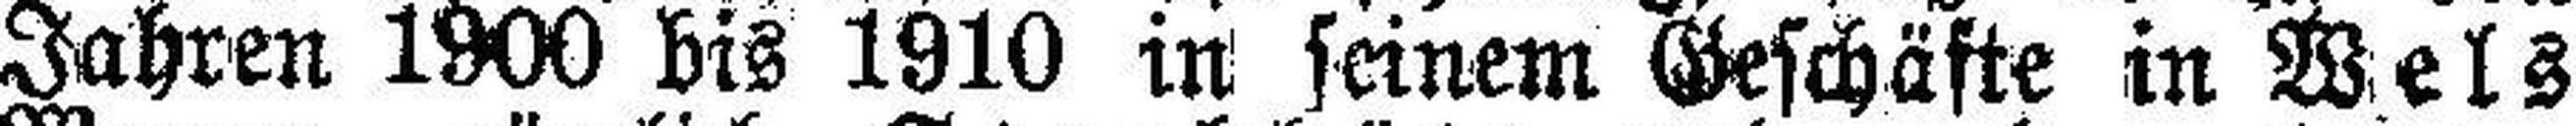
Jahren 1900 bis 1910 in seinem Geschäfte in Wels